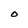
Character: O